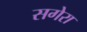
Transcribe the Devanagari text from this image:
सगेरा